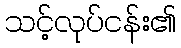
သင့်လုပ်ငန်း၏